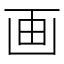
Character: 画